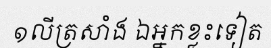
១លីត្រសាំង ឯអ្នកខ្លះទៀត